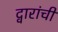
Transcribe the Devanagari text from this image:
द्वारांची